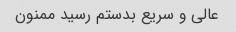
عالی و سریع بدستم رسید ممنون